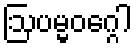
ဩပမ္မဝဂ္ဂေါ